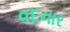
વદનાર